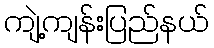
ကျဲ့ကျန်းပြည်နယ်